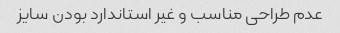
عدم طراحی مناسب و غیر استاندارد بودن سایز